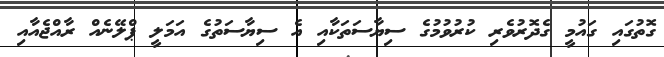
ގޮތުގައި ގައުމީ ގެދޮރުވެރި ކުރުވުމުގެ ސިޔާސަތަކާއި އެ ސިޔާސަތުގެ އަމަލީ ޕްލޭނެއް ރާއްޖެއާއި